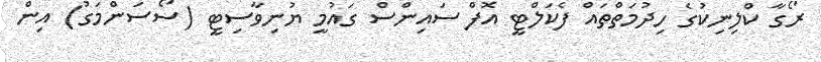
ރޯގާ ކްލިނިކުގެ ހިދުމަތްތައް ފެކަލްޓީ އޮފް ސައިންސް ގައުމީ ޔުނިވާސިޓީ (ސޯސަންމަގު) އިން